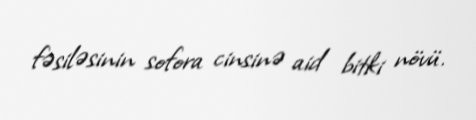
fəsiləsinin sofora cinsinə aid bitki növü.